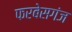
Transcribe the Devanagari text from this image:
फरबेसगंज